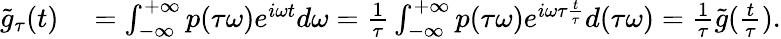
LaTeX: \begin{array}{rl}{\tilde{g}_{\tau}(t)}&{{}=\int_{-\infty}^{+\infty}p(\tau\omega)e^{i\omega t}d\omega=\frac{1}{\tau}\int_{-\infty}^{+\infty}p(\tau\omega)e^{i\omega\tau\frac{t}{\tau}}d(\tau\omega)=\frac{1}{\tau}\tilde{g}(\frac{t}{\tau}).}\end{array}